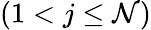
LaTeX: (1<j\leq\mathcal{N})